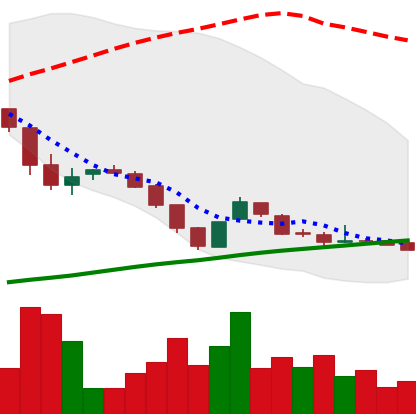
Ticker: DOGE-USD
Chart end date: 2018-11-04
Forward return: -14.581%
Label: down_7plus